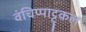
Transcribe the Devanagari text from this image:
वंचिप्पाट्टुकल